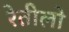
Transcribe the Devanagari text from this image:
रेतीलो